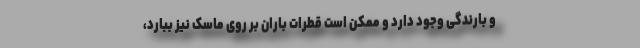
و بارندگی وجود دارد و ممکن است قطرات باران بر روی ماسک نیز ببارد،